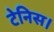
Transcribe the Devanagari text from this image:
टेनिस।